King Institute of Preventive Medicine Micro-Biological Section reports 1912-19
Year: 1912
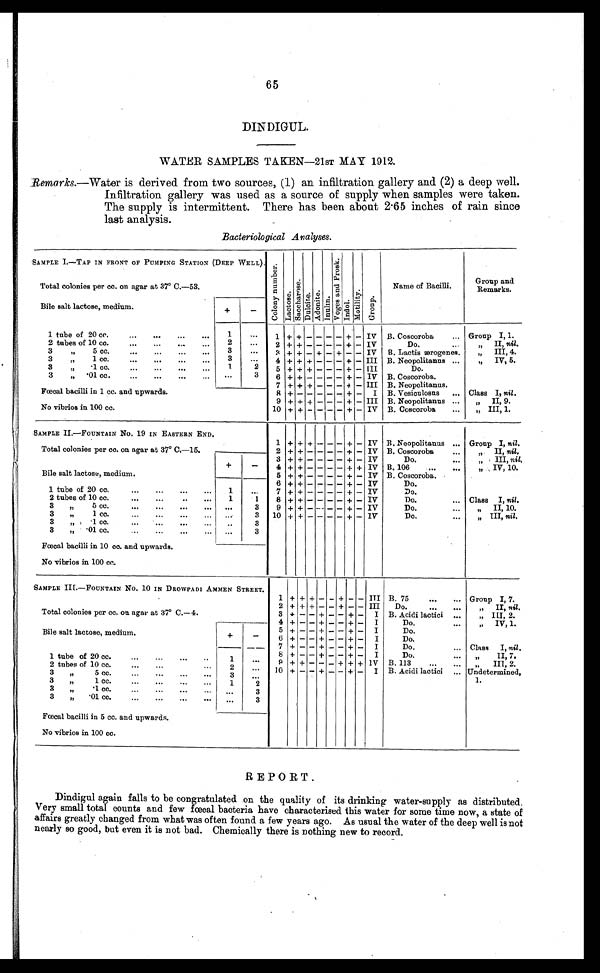
65
DINDIGUL.
WATER SAMPLES TAKEN—21ST MAY 1912.
Remarks.—Water is derived from two sources, (1) an infiltration gallery and (2) a deep well.
Infiltration gallery was used as a source of supply when samples were taken.
The supply is intermittent. There has been about 2.65 inches of rain since
last analysis.
Bacteriological Analyses.
SAMPLE I.—TAP IN FRONT OF PUMPING STATION (DEEP WELL). C o l o n y n u m b e r . L a c t o s e .
Sacchar ose. D u l c i t e . A d o n i t e . L n u l i n .
V o g e s a n d P r o s e . I n d o l . M o t i l i t y .
G r o u p .
Name of Bacilli.
Group and
Remarks.
Total colonies per cc. on agar at 37° C.—53.
Bile salt lactose, medium.
+
-
1 tube of 20 cc.
...
...
...
. . .
1
...
1 + + - - - - + - IV B. Coscoroba
... Group I, 1.
2 tubes of 10 cc.
...
...
...
...
2
...
2 + + - - - - + - IV
Do. ...
„ II, nil.
3
„
5 cc.
...
...
...
3
. . .
3 + + - + - + - - IV B. Lactis ærogenes.
„ III, 4.
3 „ 1 cc.
...
...
...
...
3
. . .
4 + + + - - - + - III B. Neopolitanus ..
„
IV, 5.
3
„
. 1 c c .
. . .
. . .
1
2
5 + + + - - - + - III
Do.
3
„
. 0 1 c c .
. . .
. . .
. . .
. . .
3
6 + + - - - - + - IV B. Coscoroba.
7 + + + - - - + - III B. Neopolitanus.
Fœcal bacilli in 1 cc. and upwards.
8 + -
- - - - + - I B. Vesiculosus ... Class I, nil .
9 + + + - - - + - III B. Neopolitanus ...
„
II, 9.
No vibrios in 100 cc.
10 + + - - - - + - IV B. Coscoroba
„ I I I , 1 .
SAMPLE II.—FOUNTAIN No. 19 IN EASTERN END.
1 + + + - - - + - IV B. Neopolitanus ... Group I, nil.
Total colonies per cc. on agar at 37° C.—15.
2 + + - - - - + - IV B. Coscoroba
...
„ II, nil.
3 + + - - - - + - IV
Do.
...
„ III, nil.
4
+ + - - - - + + IV 13. 106
...
...
„ IV, 10.
Bile salt lactose, medium.
+
-
5 + + - - - - + - IV B. Coscoroba.
6
+ + - - - - - + - IV
Do.
1 tube of 20 cc.
...
...
.. .
1
. . .
7 + + - - - - + - IV
Do.
2 tubes of 10 cc.
...
..
. . .
1
1
8 + + - - - - + - IV
Do.
... Class I, nil.
3
„
5 cc.
...
...
...
. . .
. . .
3
9 + + - - - - + - IV
Do.
...
„ II, 10.
3
„
1 cc.
...
...
..
...
. . .
3 10 + + - - - - + - IV
Do.
...
„ III, nil.
3
„
. 1 c c .
. . . . . .
. . .
3
3
„
. 0 1 c c .
. . .
. . . ...
3
Fœcal bacilli in 10 cc. and upwards.
No vibrios in 100 cc.
SAMPLE III.—FOUNTAIN No. 10 IN DROWPADI AMMEN STREET.
1 + + + - - + - - III B. 75
...
... Group I, 7.
2 + + + - - + - - III
Do.
...
. . . „
II, nil.
Total colonies per cc. on agar at 37° C.—4.
3
+ - - + - + - - I B. Acidi lactici ...
„ III, 2.
4
+ - - + - - + - I
Do.
...
„ IV, 1.
5 + - - + - - + - I
Do.
Bile salt lactose, medium.
+
-
6
+ - - + - - + - I
Do.
7 + - - + - - + - I
Do.
... Class I, nil .
8 + - - + - - + - I
Do.
„ I I , 7 .
1 tube of 20 cc....
...
...
1
. . .
9
+ + - -
- + + + IV B. 113
...
„ III, 2.
2 tubes of 10 cc.
...
...
2
. . .
10 + - - + - - + - I B. Acidi lactici
Undetermined,
3
„
5 cc.
. .... ...
3
. . .
1.
3
,,
1 cc.
...
...
...
...
1
2
3
„
.1 cc.
. . .
3
3
„
.01 cc.
... ... ... ...
...
3
Fœcal bacilli in 5 cc. and upwards.
No vibrios in 100 cc.
REPORT.
Dindigul again falls to be congratulated on the quality of its drinking water-supply as distributed.
Very small total counts and few fœcal bacteria have characterised this water for some time now, a state of
affairs greatly changed from what was often found a few years ago. As usual the water of the deep well is not
nearly so good, but even it is not bad. Chemically there is nothing new to record.